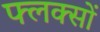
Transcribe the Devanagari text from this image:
फ्लक्सों